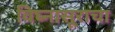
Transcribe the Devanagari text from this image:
विघ्नासूराचा